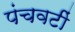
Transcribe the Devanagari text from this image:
पंचवटीं